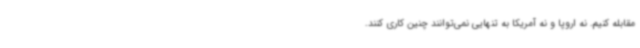
مقابله کنیم. نه اروپا و نه آمریکا به تنهایی نمی‌توانند چنین کاری کنند.